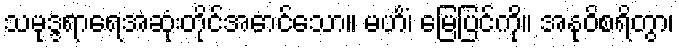
သမုဒ္ဒရာရေအဆုံးတိုင်အောင်သော။ မဟိံ၊ မြေပြင်ကို။ အနုဝိစရိတွာ၊